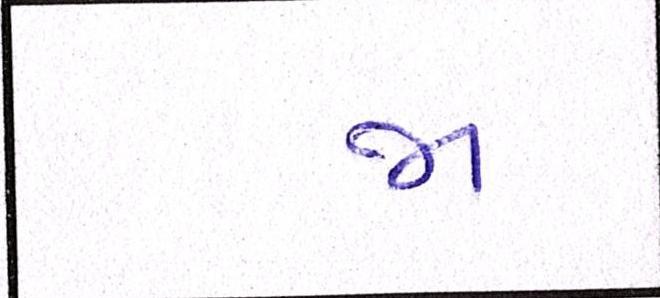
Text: જા